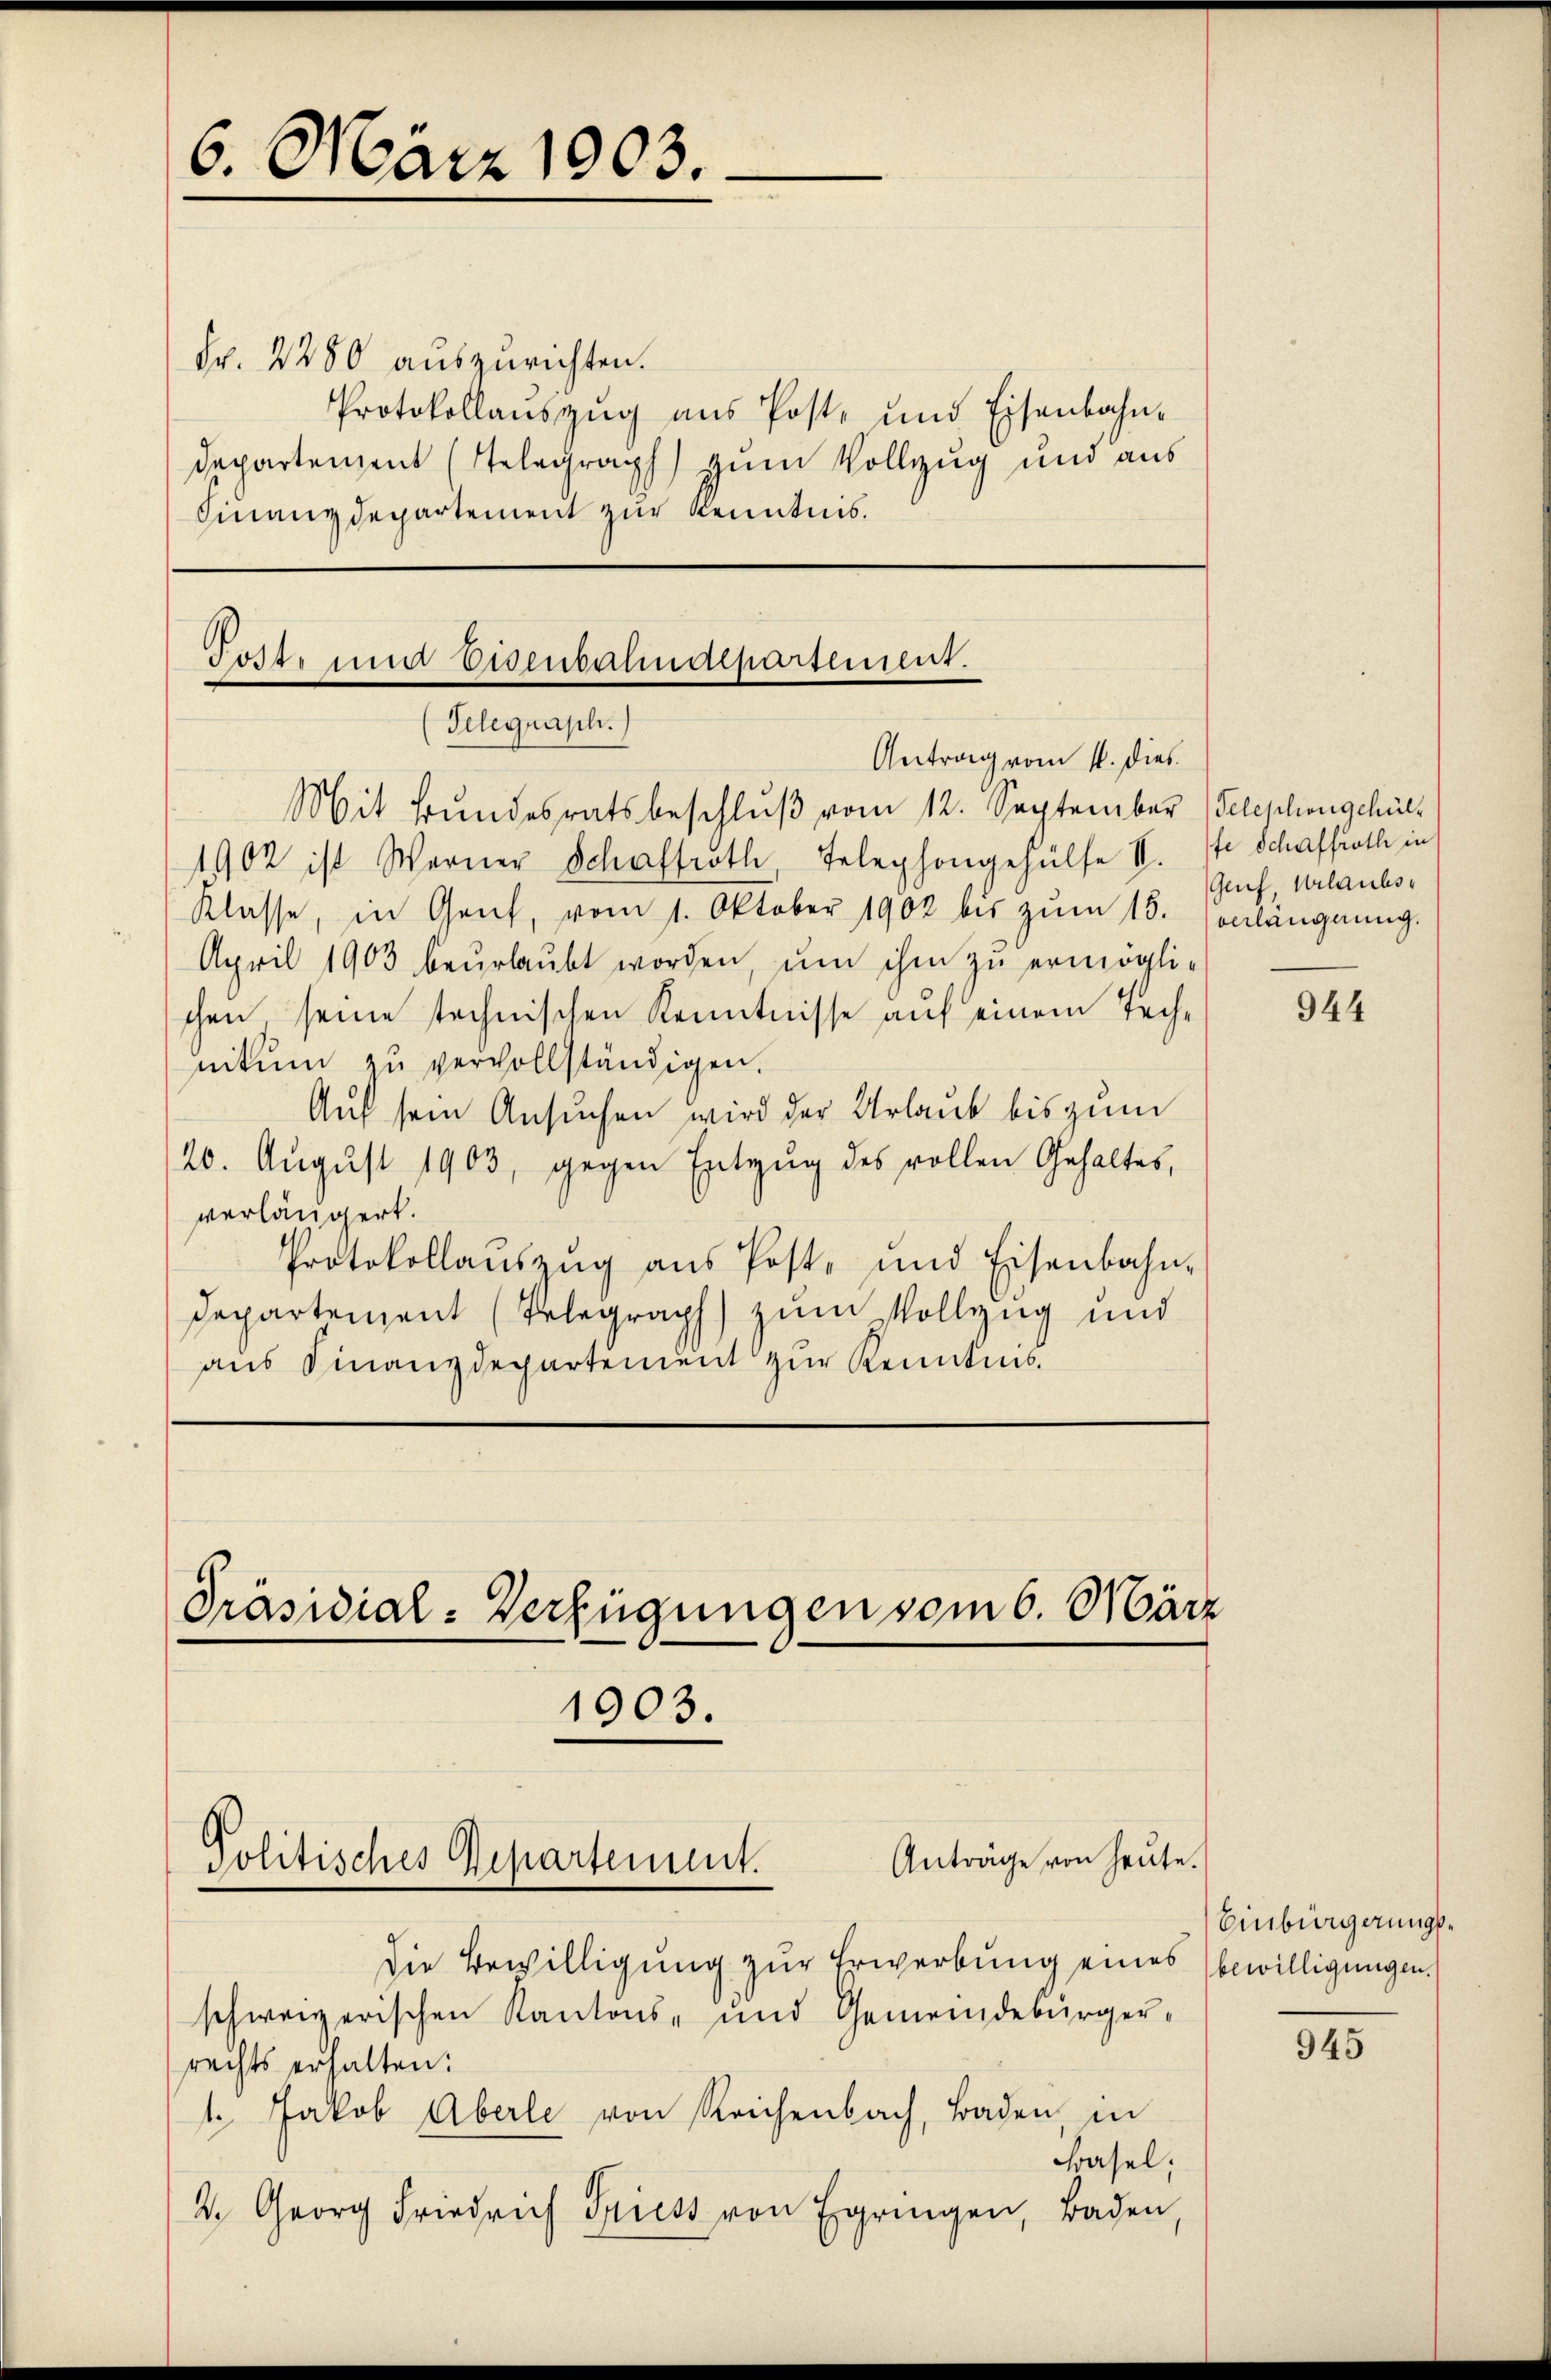
6. März 1903.

Fr. 2280 auszurichten.
Protokollauszug aus Post- und Eisenbahn-
Departenzent (Telegraph) zum Vollzug und aus
Finanzdepartement zur Kenntnis.

Post und Eisenbahnalpartement.
Telegraph.)
Antrag vom 1. dies
Mit Bundesratsbeschluß vom 12. September Telephongehülf

Präsidial-Verfügungen vom 6. März
1903.

Politisches Repartement.

1902 ist Werner Schaffroth, Telephongehülfe II. ste Schaffrath in
Klasse, in Gent, vom 1. Oktober 1902 bis zŭm 15. anlängnŭng.
April 1903 beurlaubt worden, um ihm zu ermögli-
chen, seine technischen Kenntnisse auf einem Technitŭm zŭ vervollständigen.
Auf sein Ansuchen wird der Urlaub bis zum
20. August 1903, gegen Entzug des vollen Gehaltes,
verlängert.
Protokollauszug aus Post- und Eisenbahn-
Departement (Telegraph) zum Vollzug und
aus Finanzdepartement zur Kenntnis.

Anträge von heute.

Die Bewilligung zur Erwerbung eines bewilligungen.
schweizerischen Kantons- und Gemeindebürger-
rechts erhalten:
1. Jakob Aberle von Reichenbach, Baden, in
Frasel;
2. Georg Friedrich Triess von Egringen, Baden,

Genf, Urlaubs¬

944

Einbürgerungs¬

325